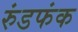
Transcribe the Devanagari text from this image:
रुंडफंक